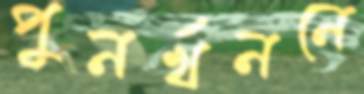
পুনর্খননে